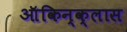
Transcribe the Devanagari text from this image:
ऑकिन्क्लास